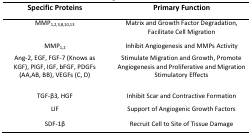
<table><thead><tr><td><b>Specific Proteins</b></td><td><b>Primary Function</b></td></tr></thead><tbody><tr><td>MMP<sub>1,2,3,8,10,13</sub></td><td>Matrix and Growth Factor Degradation, Facilitate Cell Migration</td></tr><tr><td>MMP<sub>1,2</sub></td><td>Inhibit Angiogenesis and MMPs Activity</td></tr><tr><td>Ang-2, EGF, FGF-7 (Knows as KGF), PIGF, IGF, bFGF, PDGFs (AA,AB, BB), VEGFs (C, D)</td><td>Stimulate Migration and Growth, Promote Angiogenesis and Proliferative and Migration Stimulatory Effects</td></tr><tr><td>TGF-β3, HGF</td><td>Inhibit Scar and Contractive Formation</td></tr><tr><td>LIF</td><td>Support of Angiogenic Growth Factors</td></tr><tr><td>SDF-1β</td><td>Recruit Cell to Site of Tissue Damage</td></tr></tbody></table>